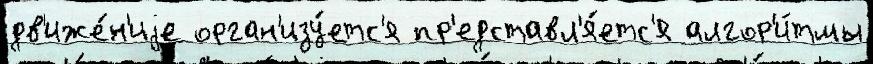
дв'иже́н'иjе орган'изу́етс'я пр'едставл'я́етс'я алгор'и́тмы